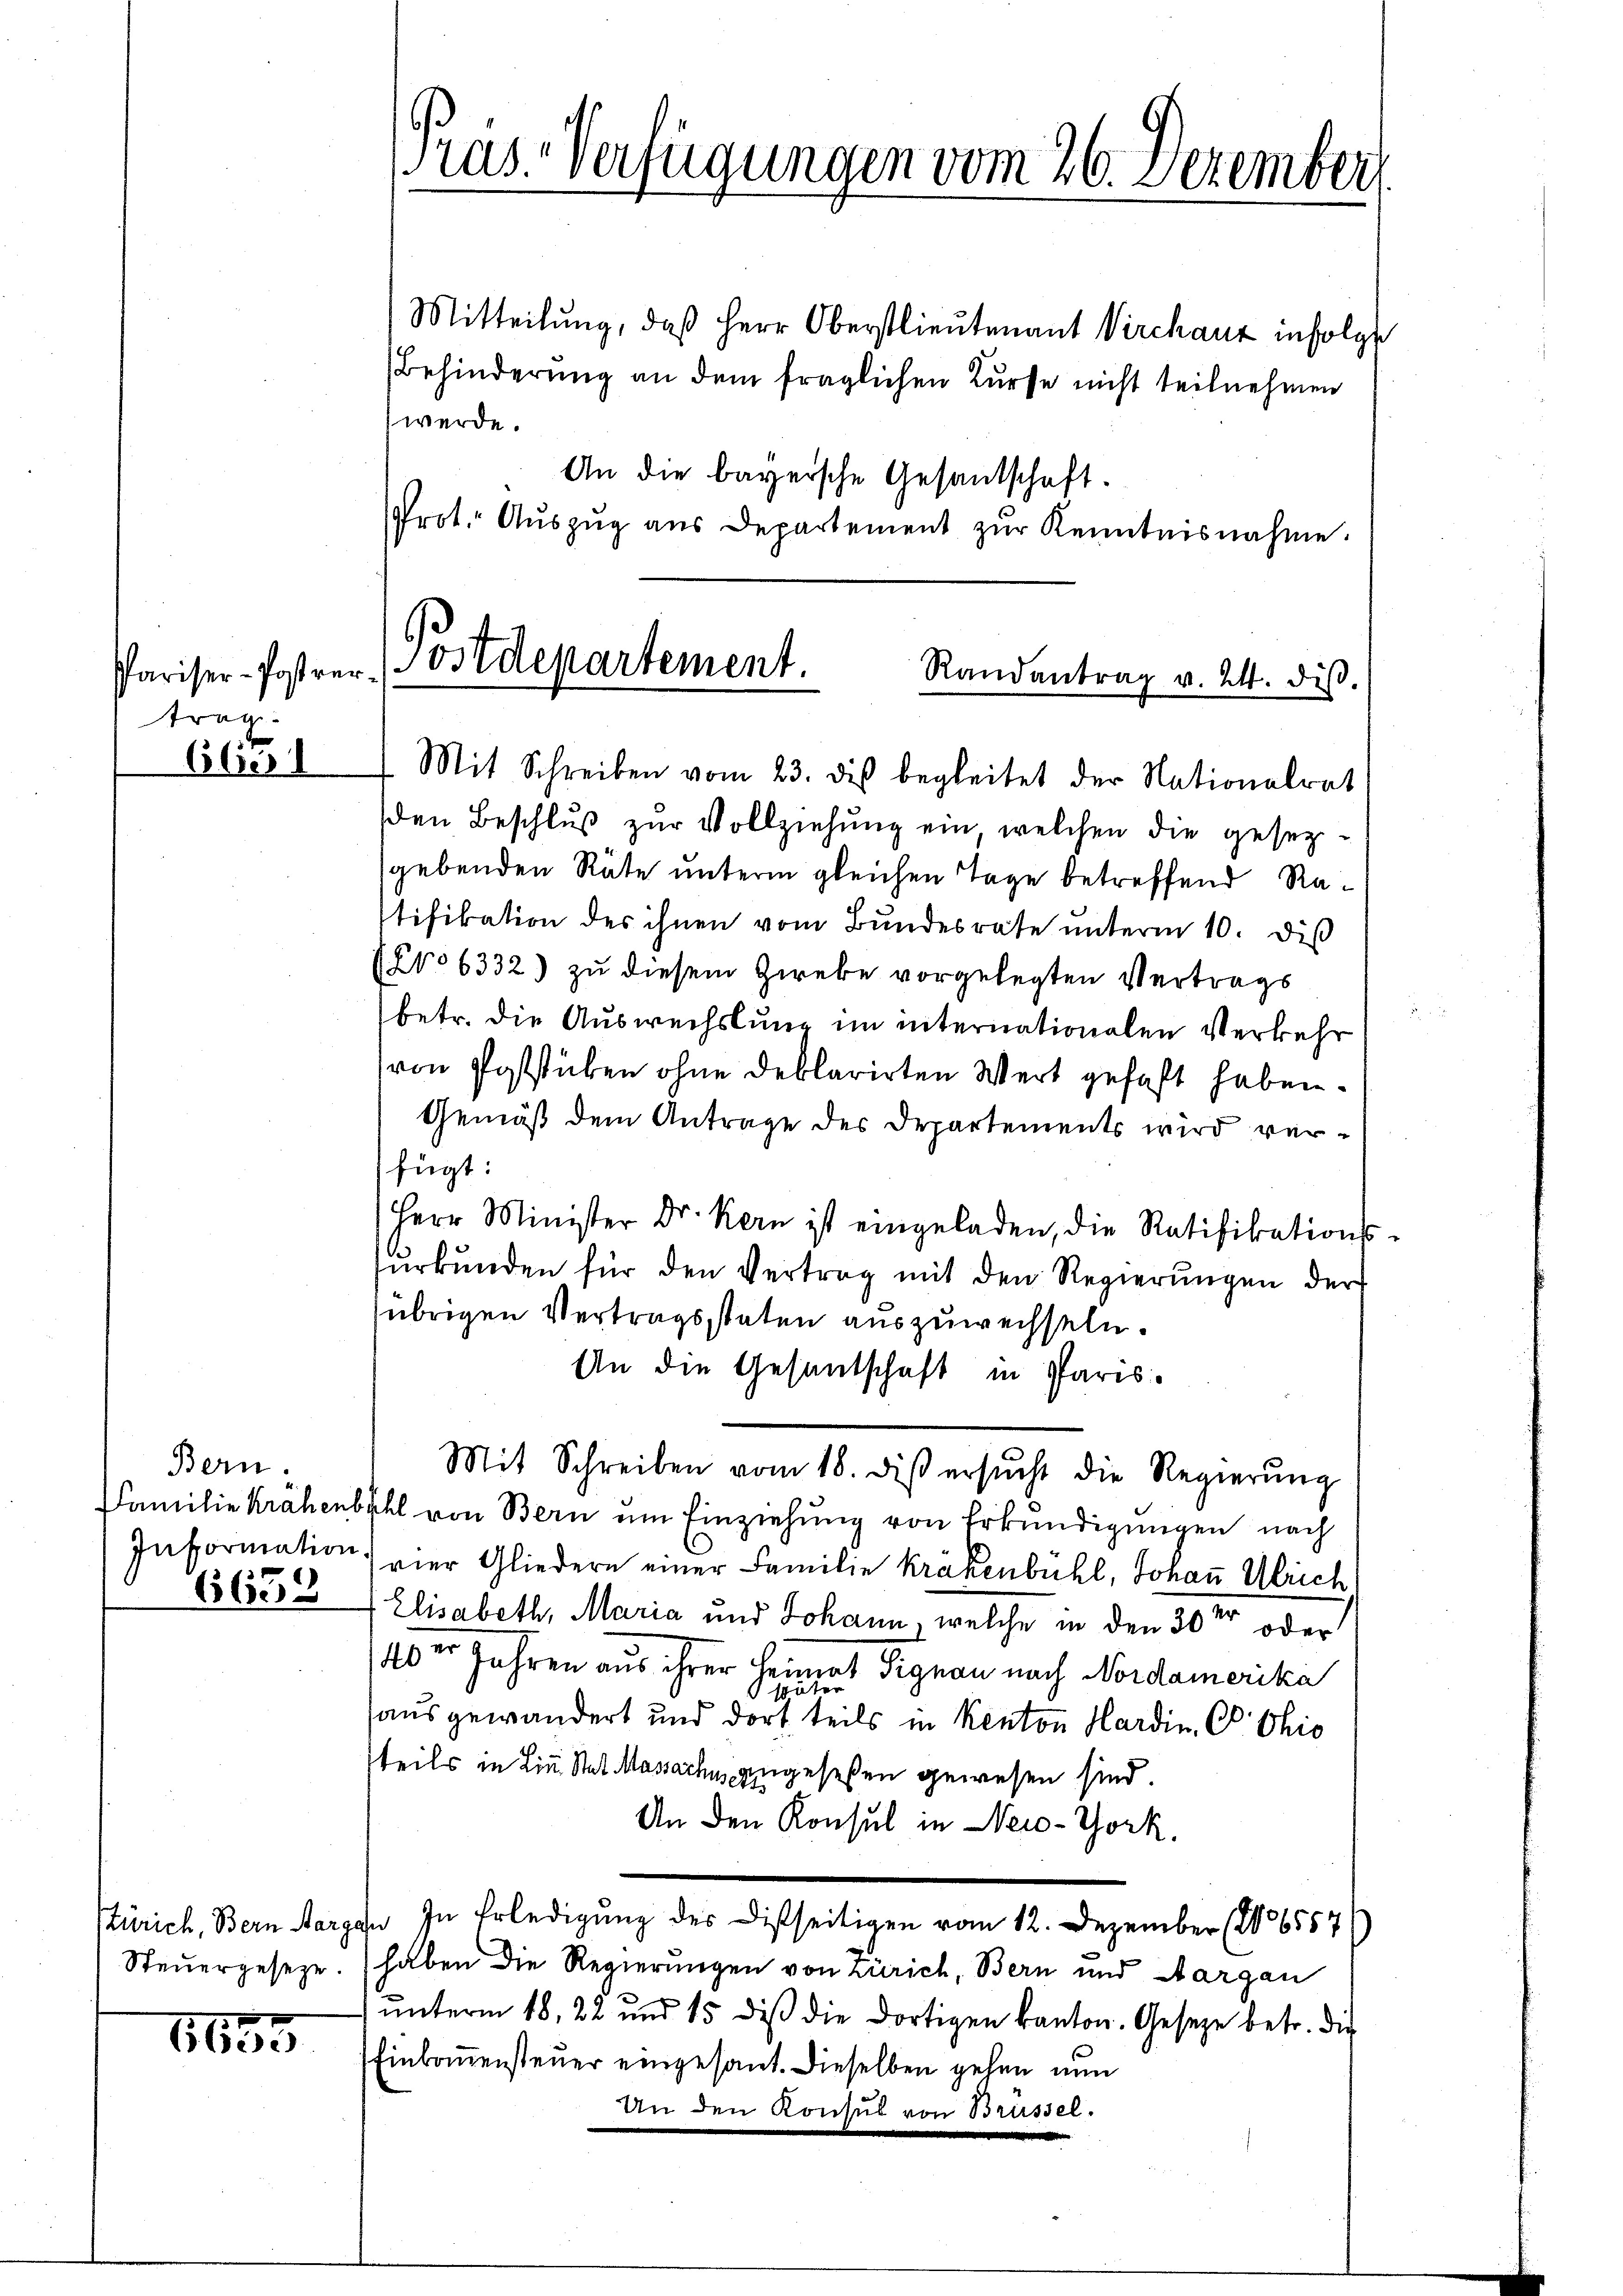
trag.

Obi

Bern.
Familie Krähenb
Information.
638

türich, Bern arge
Steuergesetze.

1635

Præs-Verfügungen vom 26. Dezember

Mitteilung, daß Herr Oberstlieutenant Virchanz infolge
Behinderung an dem fraglichen Kurse nicht teilnehmen
werde.
An die bayersche Gesandschaft.
Prot. Aŭszŭg aŭs Departement zŭr Kenntnisnahme.

Pariser-Postrer (Vstdepartement.
Randantrag v. 24. diβ.

Mit Schreiben vom 23. des begleitet der Nationalrat
den Beschluß zur Vollziehung ein welchen die gesezsgebenden Räte unterm gleichen Tage betreffend Ratifikation des ihnen vom Bundesrate unterm 10. diß
o 6332) zu diesem Zweke vorgelegten Vertrags
betr. die Auswechslung im internationalen Verkehr
von Poststuben ohne deblarirten Wert gefaßt haben.
Gemäß dem Antrage des Departements wird verfügt:
Herr Minister Dr. Kern ist eingeladen, die Ratifikations
sŭrkŭnden für den Vertrag mit den Regierŭngen der
übrigen Vertragsstaten auszuwechseln.
An die Gesandschaft in Paris
Mit Schreiben vom 18. dis ersŭcht die Regierŭng
ahl von Bern um Einziehung von Erkundigungen nach
vier Gliedern einer Familie kräkenbühl, Jonau Ulrich
Elisabeth, Maria und Johann, welche in den 30ten oder
40er Jahren aus ihrer Heimat Signau nach Nordamerika
später
ausgewandert und dort teils in Kenton Hardin, C. Chio
steils in Lin Stat. Massache angeseßen gewesen sind.
An den Konsul in New-York.
In In Erledigung des Disseitigen vom 12. Dezember (206557)
haben die Regierungen von Zürich, Bern und Aargau
ŭnterm 18. 22 und 15 diβ die dortigen kanton. Gesetze betr. die
Einkommensteuer eingesant. Dieselben gehen nun
An den Konsul von Brüsser.